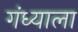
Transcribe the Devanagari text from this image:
गंध्याला